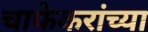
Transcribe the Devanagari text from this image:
चाफेकरांच्या